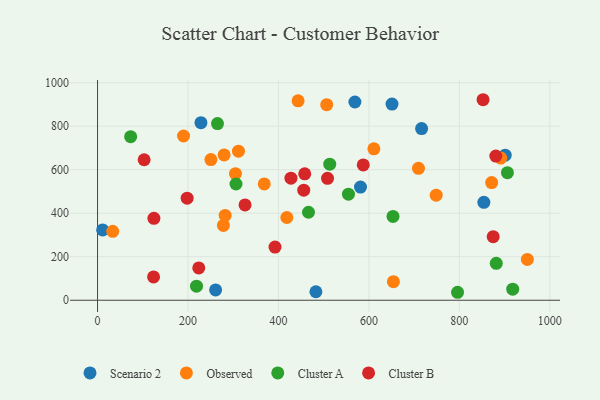
{"axis": {"x": "Distance", "y": "Yield"}, "legend": ["Cluster A", "Cluster B", "Observed", "Scenario 2"], "data": [{"x": "569.0", "y": 911.2, "type": "Scenario 2"}, {"x": "228.6", "y": 816.1, "type": "Scenario 2"}, {"x": "651.1", "y": 901.4, "type": "Scenario 2"}, {"x": "581.4", "y": 520.1, "type": "Scenario 2"}, {"x": "901.4", "y": 666.8, "type": "Scenario 2"}, {"x": "11.2", "y": 323.2, "type": "Scenario 2"}, {"x": "482.8", "y": 39.0, "type": "Scenario 2"}, {"x": "261.0", "y": 47.4, "type": "Scenario 2"}, {"x": "716.5", "y": 789.1, "type": "Scenario 2"}, {"x": "854.2", "y": 450.0, "type": "Scenario 2"}, {"x": "748.7", "y": 483.0, "type": "Observed"}, {"x": "368.6", "y": 534.5, "type": "Observed"}, {"x": "304.9", "y": 581.5, "type": "Observed"}, {"x": "611.0", "y": 696.0, "type": "Observed"}, {"x": "950.4", "y": 187.6, "type": "Observed"}, {"x": "443.4", "y": 916.6, "type": "Observed"}, {"x": "190.1", "y": 754.9, "type": "Observed"}, {"x": "250.6", "y": 646.4, "type": "Observed"}, {"x": "278.3", "y": 343.8, "type": "Observed"}, {"x": "506.7", "y": 898.8, "type": "Observed"}, {"x": "654.2", "y": 85.1, "type": "Observed"}, {"x": "279.8", "y": 668.1, "type": "Observed"}, {"x": "33.5", "y": 316.9, "type": "Observed"}, {"x": "311.6", "y": 685.1, "type": "Observed"}, {"x": "282.1", "y": 389.9, "type": "Observed"}, {"x": "871.4", "y": 540.6, "type": "Observed"}, {"x": "891.6", "y": 653.2, "type": "Observed"}, {"x": "709.6", "y": 606.1, "type": "Observed"}, {"x": "418.5", "y": 380.2, "type": "Observed"}, {"x": "906.3", "y": 586.4, "type": "Cluster A"}, {"x": "466.4", "y": 404.5, "type": "Cluster A"}, {"x": "653.3", "y": 385.3, "type": "Cluster A"}, {"x": "796.0", "y": 36.6, "type": "Cluster A"}, {"x": "554.8", "y": 487.5, "type": "Cluster A"}, {"x": "306.1", "y": 534.3, "type": "Cluster A"}, {"x": "265.2", "y": 811.8, "type": "Cluster A"}, {"x": "73.2", "y": 751.6, "type": "Cluster A"}, {"x": "918.0", "y": 51.0, "type": "Cluster A"}, {"x": "218.8", "y": 64.5, "type": "Cluster A"}, {"x": "513.4", "y": 625.5, "type": "Cluster A"}, {"x": "881.6", "y": 169.5, "type": "Cluster A"}, {"x": "458.1", "y": 580.8, "type": "Cluster B"}, {"x": "392.4", "y": 244.5, "type": "Cluster B"}, {"x": "198.1", "y": 469.3, "type": "Cluster B"}, {"x": "123.8", "y": 107.2, "type": "Cluster B"}, {"x": "852.4", "y": 921.6, "type": "Cluster B"}, {"x": "587.5", "y": 621.7, "type": "Cluster B"}, {"x": "223.8", "y": 148.6, "type": "Cluster B"}, {"x": "874.8", "y": 292.2, "type": "Cluster B"}, {"x": "455.9", "y": 506.1, "type": "Cluster B"}, {"x": "427.6", "y": 561.1, "type": "Cluster B"}, {"x": "124.6", "y": 376.7, "type": "Cluster B"}, {"x": "880.6", "y": 662.4, "type": "Cluster B"}, {"x": "508.5", "y": 560.3, "type": "Cluster B"}, {"x": "326.1", "y": 438.2, "type": "Cluster B"}, {"x": "103.0", "y": 645.8, "type": "Cluster B"}]}